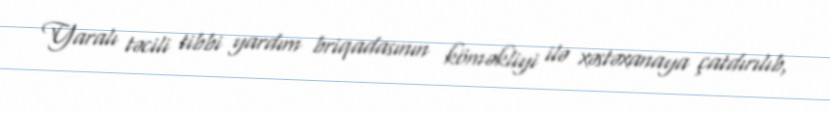
Yaralı təcili tibbi yardım briqadasının köməkliyi ilə xəstəxanaya çatdırılıb,